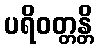
ပရိဝတ္တန္တိ